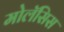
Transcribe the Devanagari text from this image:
मोलॅसिस